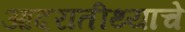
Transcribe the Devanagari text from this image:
आदरातीथ्याचे